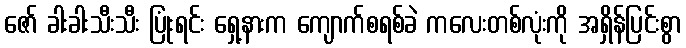
ဇော် ခါးခါးသီးသီး ပြုံးရင်း ရှေ့နားက ကျောက်စရစ်ခဲ ကလေးတစ်လုံးကို အရှိန်ပြင်းစွာ